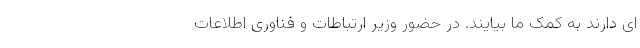
ای دارند به کمک ما بیایند. در حضور وزیر ارتباطات و فناوری اطلاعات